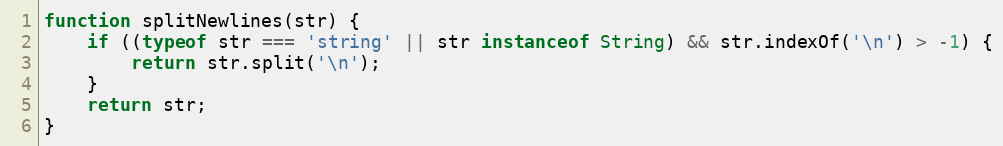
Language: JavaScript
function splitNewlines(str) {
	if ((typeof str === 'string' || str instanceof String) && str.indexOf('\n') > -1) {
		return str.split('\n');
	}
	return str;
}